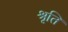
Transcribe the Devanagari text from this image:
श्रृति